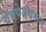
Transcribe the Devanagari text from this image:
वेबपेजवरून